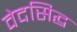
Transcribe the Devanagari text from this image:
वेदसिद्ध